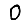
Digit: 0